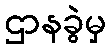
ဌာနခွဲမှ